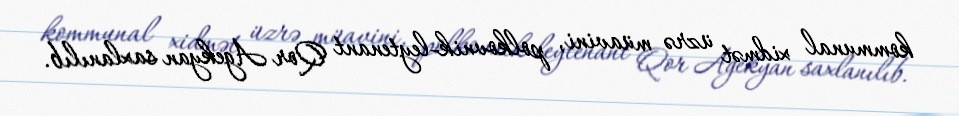
kommunal xidmət üzrə müavini, polkovnik-leytenant Qor Agekyan saxlanılıb.